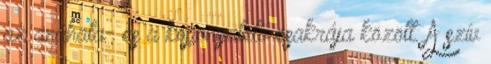
az anáhata- és a koponyatető csakrája között. A szív